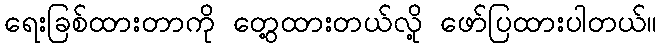
ရေးခြစ်ထားတာကို တွေ့ထားတယ်လို့ ဖော်ပြထားပါတယ်။